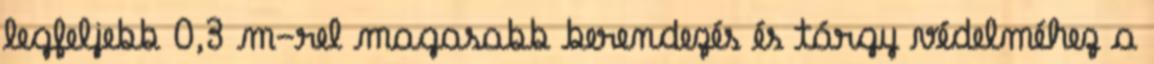
legfeljebb 0,3 m-rel magasabb berendezés és tárgy védelméhez a